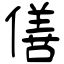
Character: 僐